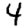
Digit: 4